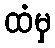
ထံမှ